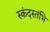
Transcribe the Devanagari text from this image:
स्कंदस्तंभि